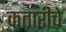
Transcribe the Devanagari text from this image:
कतारीचे